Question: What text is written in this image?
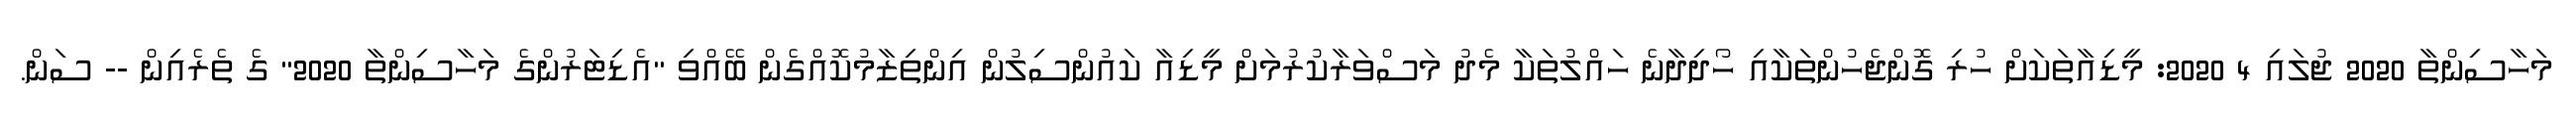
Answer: މަހާސިންތާ 2020 ޖުލައި 4 2020: މީޑިއާތަކަށް ހުރި ގޮންޖެހުންތަކާއި ހޯދިދާނެ ހައްލުތަކާ މެދު މަސްވަރާކުރުމަށް މީޑިއާ ކައުންސިލުން އިންތިޒާމުކޮއްގެން ބޭއްވި "އެޑިޓަރުންގެ މަހާސިންތާ 2020" ގެ ތެރެއިން -- ސަން.